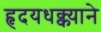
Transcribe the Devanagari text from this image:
हृदयधक्क्याने